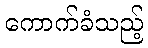
ကောက်ခံသည့်